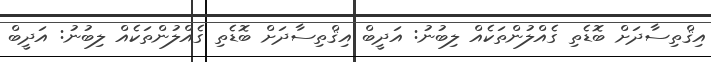
އިޤްތިސާދަށް ބޮޑެތި ގެއްލުންތަކެއް ލިބުނު: އަދީބް އިޤްތިސާދަށް ބޮޑެތި ގެއްލުންތަކެއް ލިބުނު: އަދީބް